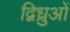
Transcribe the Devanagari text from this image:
द्विध्रुओं